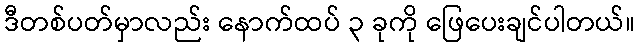
ဒီတစ်ပတ်မှာလည်း နောက်ထပ် ၃ ခုကို ဖြေပေးချင်ပါတယ်။